Lunatic asylums Punjab 1911-1921 - 1911-1921
Year: 1911
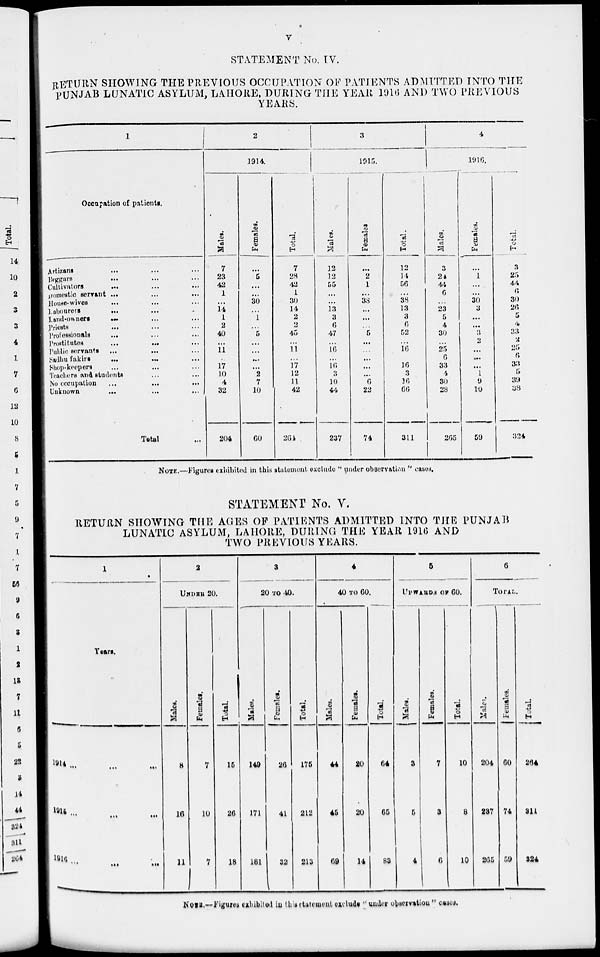
v
STATEMENT No. IV.
RETURN SHOWING THE PREVIOUS OCCUPATION OF PATIENTS ADMITTED INTO THE
PUNJAB LUNATIC ASYLUM, LAHORE, DURING THE YEAR 1916 AND TWO PREVIOUS
YEARS.
1
Occupation of patients.
Artizans ... ... ...
Beggars
...
...
...
Cultivators ... ... ...
Domestic servant
...
...
...
House-wives ... ... ...
Labourers
...
...
...
Land-owners ... ... ...
Priests ... ... ...
Professionals ... ... ...
Prostitutes
...
...
...
Public servants
...
...
...
Sadhu fakirs
...
...
...
Shop-keepers ... ... ...
Teachers and students
...
...
...
No occupation
...
...
...
Unknown
...
...
...
Total ...
2
1914.
Males.
7
23
42
1
...
14
1
2
40
...
11
...
17
10
4
32
204
Females.
...
5
...
...
30
...
1
...
5
...
...
...
...
2
7
10
60
Total.
7
28
42
1
30
14
2
2
45
...
11
...
17
12
11
42
264
3
1915.
Males.
12
12
55
...
...
13
3
6
47
...
16
...
16
3
10
44
237
Females
...
2
1
...
38
...
...
...
5
...
...
...
...
...
6
22
74
Total.
12
14
56
...
38
13
3
6
52
...
16
16
3
16
66
311
4
1916.
Males.
3
24
44
6
...
23
5
4
30
...
25
6
33
4
30
28
265
Females.
...
1
...
...
30
3
...
...
3
2
...
...
...
1
9
10
59
Total.
3
25
44
6
30
26
5
4
33
2
25
6
33
5
39
38
324
NOTE.—Figures exhibited in this statement exclude " under observation " cases.
STATEMENT No. V.
RETURN SHOWING THE AGES OF PATIENTS ADMITTED INTO THE PUNJAB
LUNATIC ASYLUM, LAHORE, DURING THE YEAR 1916 AND
TWO PREVIOUS YEARS.
1
Years.
1914
...
...
...
1915 ... ... ...
1916 ... ... ...
2
UNDER 20.
Males.
8
16
11
Females.
7
10
7
Total.
15
26
18
3
20 TO 40.
Males.
149
171
181
Females.
26
41
32
Total.
175
212
213
4
40 TO 60.
Mal es .
44
45
69
Females.
20
20
14
Total.
64
65
83
5
UPWARDS OF 60.
Males.
3
5
4
Females.
7
3
6
Total.
10
8
10
6
Total.
Males.
204
237
265
Females.
60
74
59
Total.
264
311
324
NOTE.—Figures exhibited in this statement exclude ''under observation" cases.